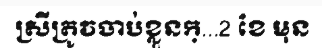
ស្រីត្រូវចាប់ខ្លួនក្...2 ខែ មុន